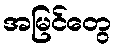
အမြင်တွေ